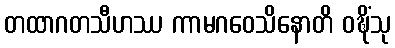
တထာဂတသီဟဿ ကာမဂဝေသိနောတိ ဝဍ္ဎိံသု